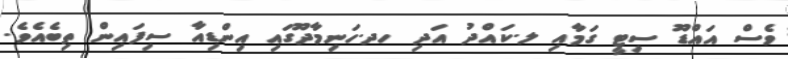
ވެސް އައްޑޫ ސިޓީ ގަމާއި ލ.ކައްދު އަދި ހދ.ހަނިމާދޫގައި އިންޑިއާ ސިފައިން ތިބެއެވެ.